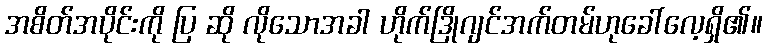
အစိတ်အပိုင်းကို ပြ ဆို လိုသောအခါ ဟိုက်ဒြိုဂျင်အက်တမ်ဟုခေါ်လေ့ရှိ၏။